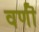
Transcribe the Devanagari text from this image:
वर्णॊं